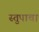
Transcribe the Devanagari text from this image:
स्तुपाचा